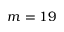
m = 1 9